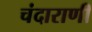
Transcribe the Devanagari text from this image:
चंदाराणी